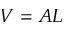
V = A L